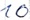
Text: 10